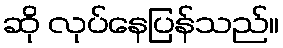
ဆို လုပ်နေပြန်သည်။